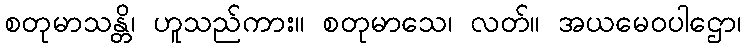
စတုမာသန္တိ၊ ဟူသည်ကား။ စတုမာသေ၊ လတ်။ အယမေဝပါဌော၊